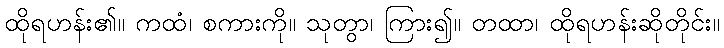
ထိုရဟန်း၏။ ကထံ၊ စကားကို။ သုတွာ၊ ကြား၍။ တထာ၊ ထိုရဟန်းဆိုတိုင်း။